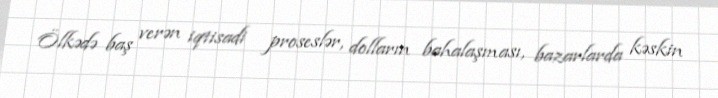
Ölkədə baş verən iqtisadi proseslər, dolların bahalaşması, bazarlarda kəskin